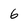
Character: 6